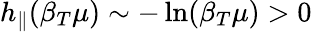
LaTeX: h_{\parallel}(\beta_{T}\mu)\sim-\ln(\beta_{T}\mu)>0